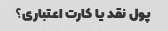
پول نقد یا کارت اعتباری؟